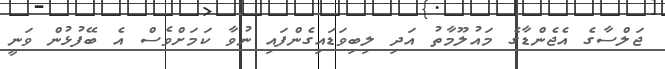
ޖަލްސާގެ އެޖެންޑާގެ މައުލޫމާތު އަދި ލިބިވަޑައިގެންފައި ނުވާ ކަމަށްވެސް އެ ބޭފުޅުން ވަނީ